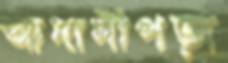
আদানীপড়া